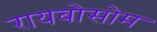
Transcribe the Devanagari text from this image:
रायबोसोम